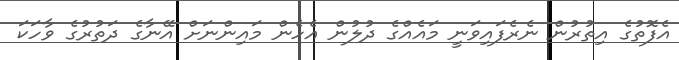
އެފޮތުގެ އިތުރުން ނެރެފައިވަނީ މައެއްގެ ދުލުން އެހެން މައިންނަށް އޭނާގެ ދަތުރުގެ ވާހަކަ